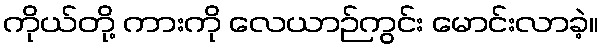
ကိုယ်တို့ ကားကို လေယာဉ်ကွင်း မောင်းလာခဲ့။